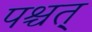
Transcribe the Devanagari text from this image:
पश्चत्